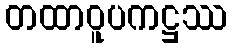
တထာဝူပကဋ္ဌဿ